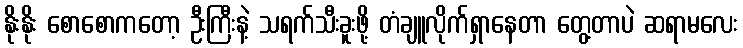
နိုးနိုး စောစောကတော့ ဦးကြီးနဲ့ သရက်သီးခူးဖို့ တံချူလိုက်ရှာနေတာ တွေ့တာပဲ ဆရာမလေး